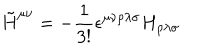
LaTeX: { \tilde { H } } ^ { \mu \nu } = - \frac 1 { 3 ! } \epsilon ^ { \mu \nu \rho \lambda \sigma } H _ { \rho \lambda \sigma }